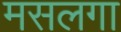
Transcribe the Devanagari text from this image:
मसलगा